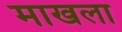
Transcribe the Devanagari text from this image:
माखला